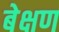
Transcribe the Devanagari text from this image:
बेक्षण